Indian journal of veterinary science and animal husbandry - Volumes 24-25, 1954-1955
Year: 1954
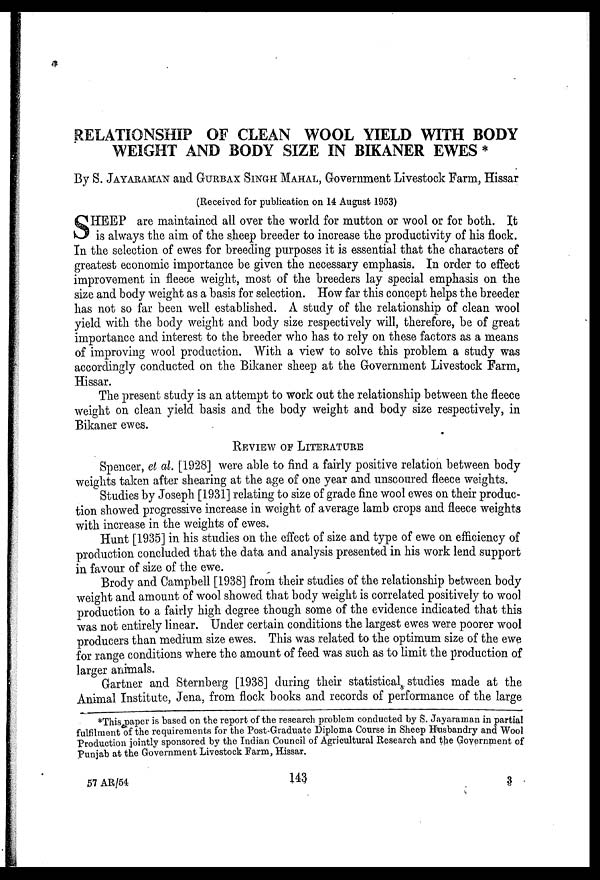
RELATIONSHIP OF CLEAN WOOL YIELD WITH BODY
WEIGHT AND BODY SIZE IN BIKANER EWES *
By S. JAYARAMAN and GURBAX SINGH MAHAL, Government Livestock Farm, Hissar
(Received for publication on 14 August 1953)
S HEEP are maintained all over the world for mutton or wool or for both. It
is always the aim of the sheep breeder to increase the productivity of his flock.
In the selection of ewes for breeding purposes it is essential that the characters of
greatest economic importance be given the necessary emphasis. In order to effect
improvement in fleece weight, most of the breeders lay special emphasis on the
size and body weight as a basis for selection. How far this concept helps the breeder
has not so far been well established. A study of the relationship of clean wool
yield with the body weight and body size respectively will, therefore, be of great
importance and interest to the breeder who has to rely on these factors as a means
of improving wool production. With a view to solve this problem a study was
accordingly conducted on the Bikaner sheep at the Government Livestock Farm,
Hissar.
The present study is an attempt to work out the relationship between the fleece
weight on clean yield basis and the body weight and body size respectively, in
Bikaner ewes.
REVIEW OF LITERATURE
Spencer, el al. [1928] were able to find a fairly positive relation between body
weights taken after shearing at the age of one year and unscoured fleece weights.
Studies by Joseph [1931] relating to size of grade fine wool ewes on their produc-
tion showed progressive increase in weight of average lamb crops and fleece weights
with increase in the weights of ewes.
Hunt [1935] in his studies on the effect of size and type of ewe on efficiency of
production concluded that the data and analysis presented in his work lend support
in favour of size of the ewe.
Brody and Campbell [1938] from their studies of the relationship between body
weight and amount of wool showed that body weight is correlated positively to wool
production to a fairly high degree though some of the evidence indicated that this
was not entirely linear. Under certain conditions the largest ewes were poorer wool
producers than medium size ewes. This was related to the optimum size of the ewe
for range conditions where the amount of feed was such as to limit the production of
larger animals.
Gartner and Sternberg [1938] during their statistical studies made at the
Animal Institute, Jena, from flock books and records of performance of the large
*This paper is based on the report of the research problem conducted by S. Jayaraman in partial
fulfilment of the requirements for the Post-Graduate Diploma Course in Sheep Husbandry and Wool
Production jointly sponsored by the Indian Council of Agricultural Research and the Government of
Punjab at the Government Livestock Farm, Hissar.
57 AR/54
143
3